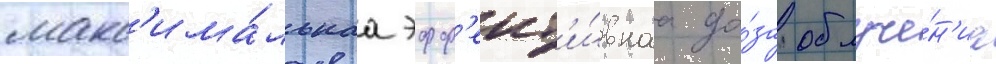
макс'има́льнаа эфф'ект'и́внаа до́за облуче́н'иа